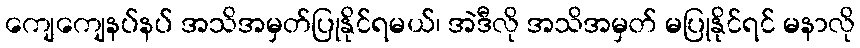
ကျေကျေနပ်နပ် အသိအမှတ်ပြုနိုင်ရမယ်၊ အဲဒီလို အသိအမှတ် မပြုနိုင်ရင် မနာလို